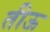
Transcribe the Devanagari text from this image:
तीऊ